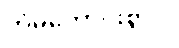
ကံမကောင်းစွာပဲ၊